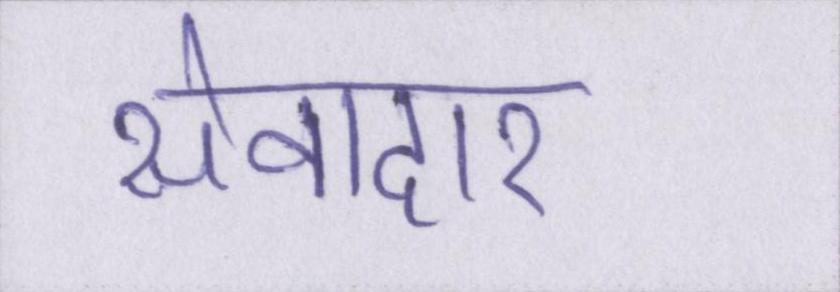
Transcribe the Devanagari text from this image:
सेवादार